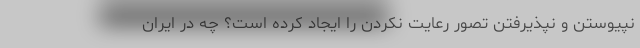
نپیوستن و نپذیرفتن تصور رعایت نکردن را ایجاد کرده است؟ چه در ایران